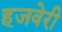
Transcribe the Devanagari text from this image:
हजवेरी